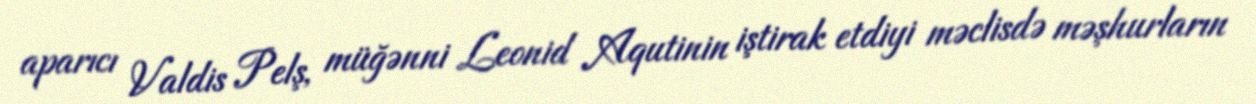
aparıcı Valdis Pelş, müğənni Leonid Aqutinin iştirak etdiyi məclisdə məşhurların